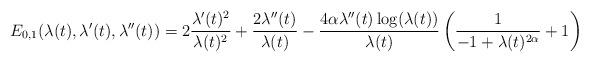
LaTeX: \begin{align*}E_{0,1}(\lambda(t),\lambda'(t),\lambda''(t)) &= 2\frac{\lambda'(t)^{2}}{\lambda(t)^{2}} + \frac{2 \lambda''(t)}{\lambda(t)}-\frac{4 \alpha \lambda''(t) \log(\lambda(t))}{\lambda(t)} \left(\frac{1}{-1+\lambda(t)^{2\alpha}}+1\right)\end{align*}